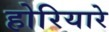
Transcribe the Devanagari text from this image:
होरियारे